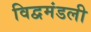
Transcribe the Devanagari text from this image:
विद्वमंडली